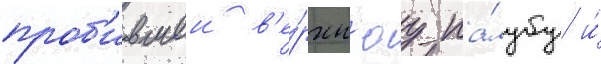
проб'ившеи в'е́рхн'юу па́лубу и́